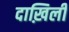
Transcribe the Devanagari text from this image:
दाख़िली